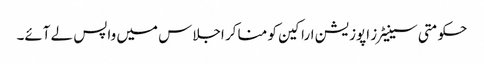
حکومتی سینیٹرز اپوزیشن اراکین کو منا کر اجلاس میں واپس لے آئے۔